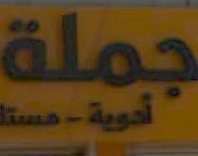
جملة